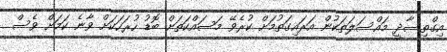
އިގްތިސާދީ މައްސަލަތަކުން އަރައިގަތުމަށް ކުރެވޭ މަސައްކަތަށް ބޮޑު ހުރަހަކަށް ވާނެ ކަމަށް ވެސް